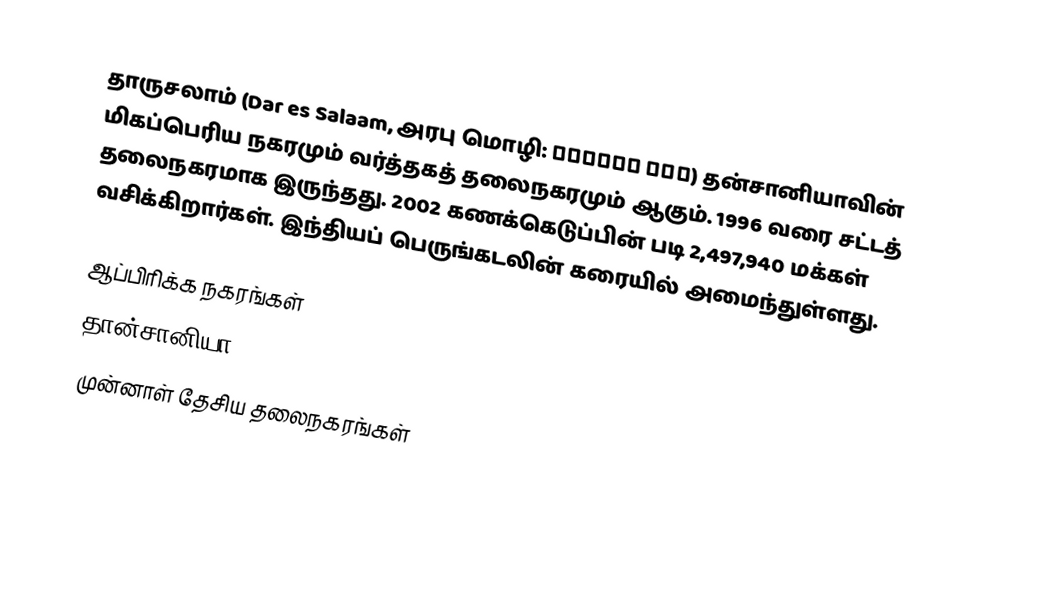
தாருசலாம் (Dar es Salaam, அரபு மொழி: دار السلام) தன்சானியாவின் மிகப்பெரிய நகரமும் வர்த்தகத் தலைநகரமும் ஆகும். 1996 வரை சட்டத் தலைநகரமாக இருந்தது. 2002 கணக்கெடுப்பின் படி 2,497,940 மக்கள் வசிக்கிறார்கள். இந்தியப் பெருங்கடலின் கரையில் அமைந்துள்ளது.

ஆப்பிரிக்க நகரங்கள்
தான்சானியா
முன்னாள் தேசிய தலைநகரங்கள்